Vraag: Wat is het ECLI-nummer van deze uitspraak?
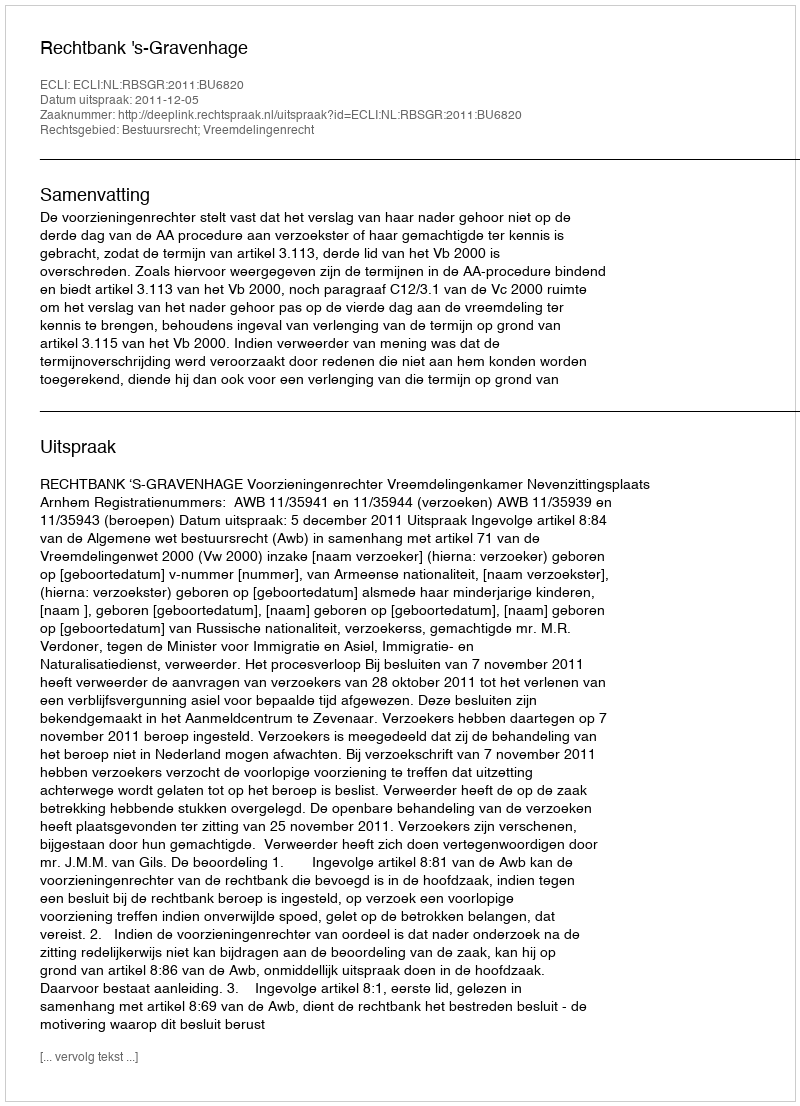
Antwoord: ECLI:NL:RBSGR:2011:BU6820